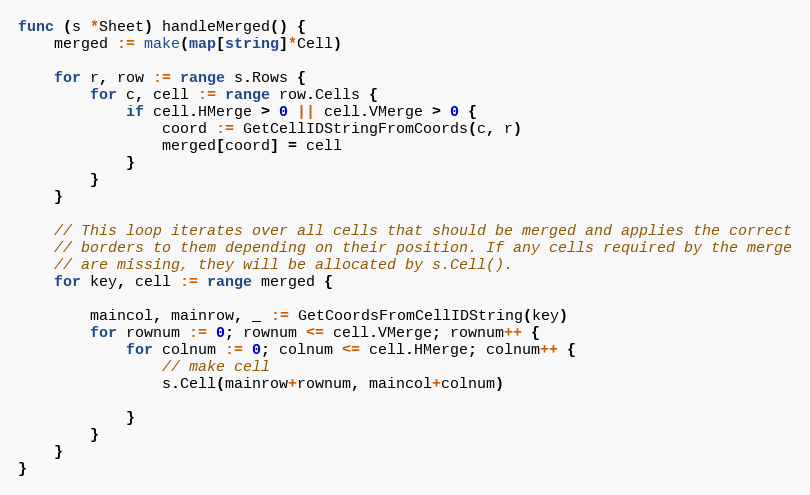
Language: Go
func (s *Sheet) handleMerged() {
	merged := make(map[string]*Cell)

	for r, row := range s.Rows {
		for c, cell := range row.Cells {
			if cell.HMerge > 0 || cell.VMerge > 0 {
				coord := GetCellIDStringFromCoords(c, r)
				merged[coord] = cell
			}
		}
	}

	// This loop iterates over all cells that should be merged and applies the correct
	// borders to them depending on their position. If any cells required by the merge
	// are missing, they will be allocated by s.Cell().
	for key, cell := range merged {

		maincol, mainrow, _ := GetCoordsFromCellIDString(key)
		for rownum := 0; rownum <= cell.VMerge; rownum++ {
			for colnum := 0; colnum <= cell.HMerge; colnum++ {
				// make cell
				s.Cell(mainrow+rownum, maincol+colnum)

			}
		}
	}
}